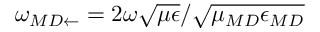
\omega _ { { \/ { M D } } \leftarrow } = 2 \omega \sqrt { \mu \epsilon } / \sqrt { \mu _ { \/ { M D } } \epsilon _ { \/ { M D } } }